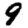
Digit: 9